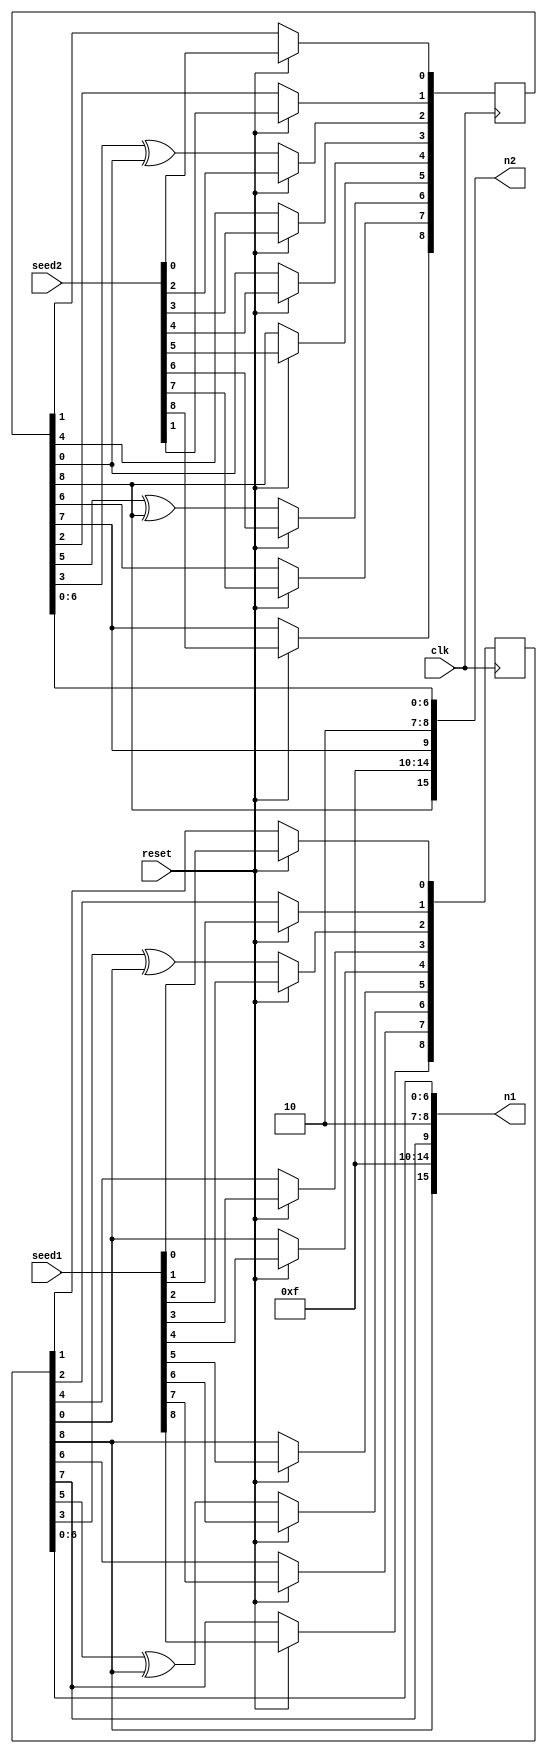
module twin_lfsr(input clk, input reset, input [8:0]seed1, input [8:0]seed2, output [15:0]n1, output [15:0]n2);
    reg [8:0]N1, N2;
    
    always @(posedge clk)
    begin
        if(reset)
        begin
            N1 <= seed1;
            N2 <= seed2;
        end
        
        else 
        begin
            N1[8] <= N1[7];             N2[8] <= N2[7];
            N1[7] <= N1[6];             N2[7] <= N2[6];
            N1[6] <= N1[5]^N1[8];       N2[6] <= N2[5]^N2[8];
            N1[5] <= N1[8];             N2[5] <= N2[8];
            
            N1[4] <= N1[0];             N2[4] <= N2[0];
            N1[3] <= N1[4];             N2[3] <= N2[4];
            N1[2] <= N1[3]^N1[0];       N2[2] <= N2[3]^N2[0];
            N1[1] <= N1[2];             N2[1] <= N2[2];
            N1[0] <= N1[1];             N2[0] <= N2[1];
        end
    end
    
    assign n1 = {N1[8], 5'b01111, N1[7], 1'b1, 1'b0, N1[6:0]};
    assign n2 = {N2[8], 5'b01111, N2[7], 1'b1, 1'b0, N2[6:0]};
endmodule